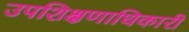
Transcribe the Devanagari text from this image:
उपशिक्षणाधिकारी